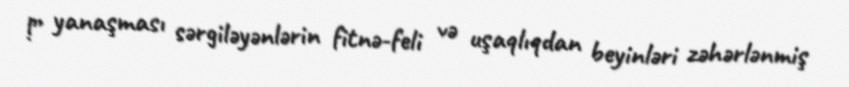
!” yanaşması sərgiləyənlərin fitnə-feli və uşaqlıqdan beyinləri zəhərlənmiş